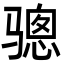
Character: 骢